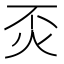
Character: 㶪